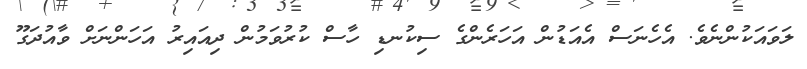
ލަވައަކުންނެވެ. އެހެނަސް އެއަޑުން އަހަރެންގެ ސިކުނޑި ހާސް ކުރުވަމުން ދިއައިރު އަހަންނަށް ވާއުދަގޫ